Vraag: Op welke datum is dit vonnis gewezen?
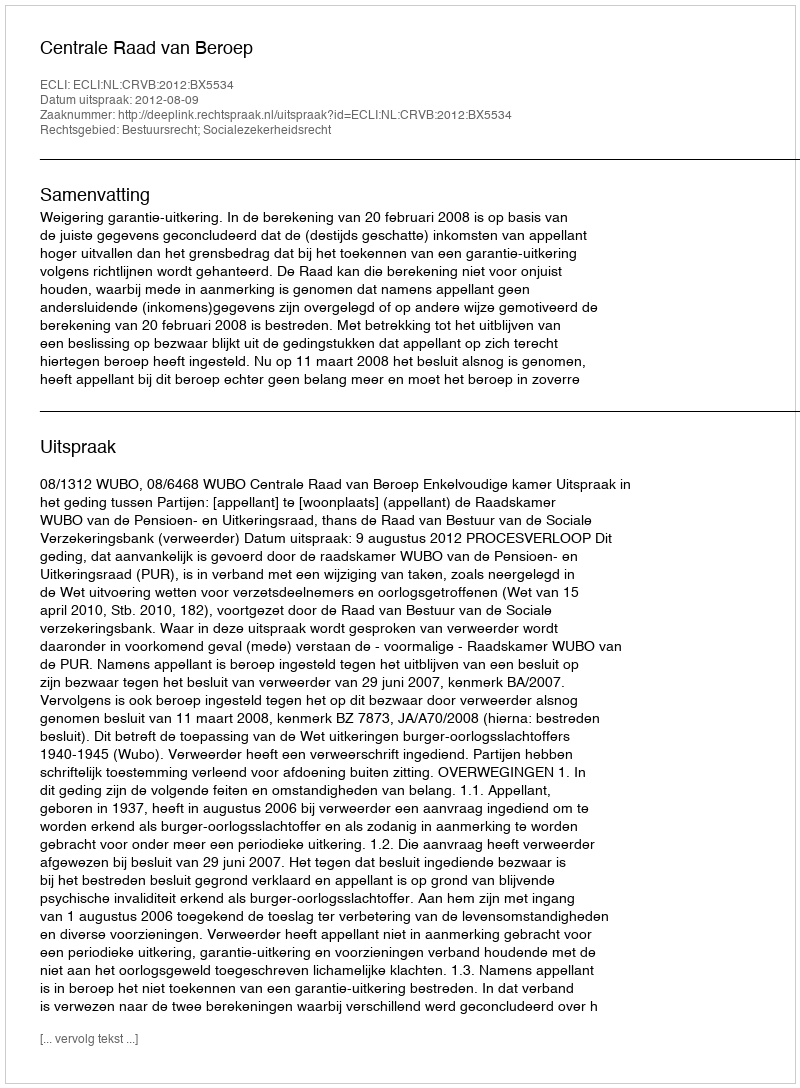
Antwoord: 2012-08-09